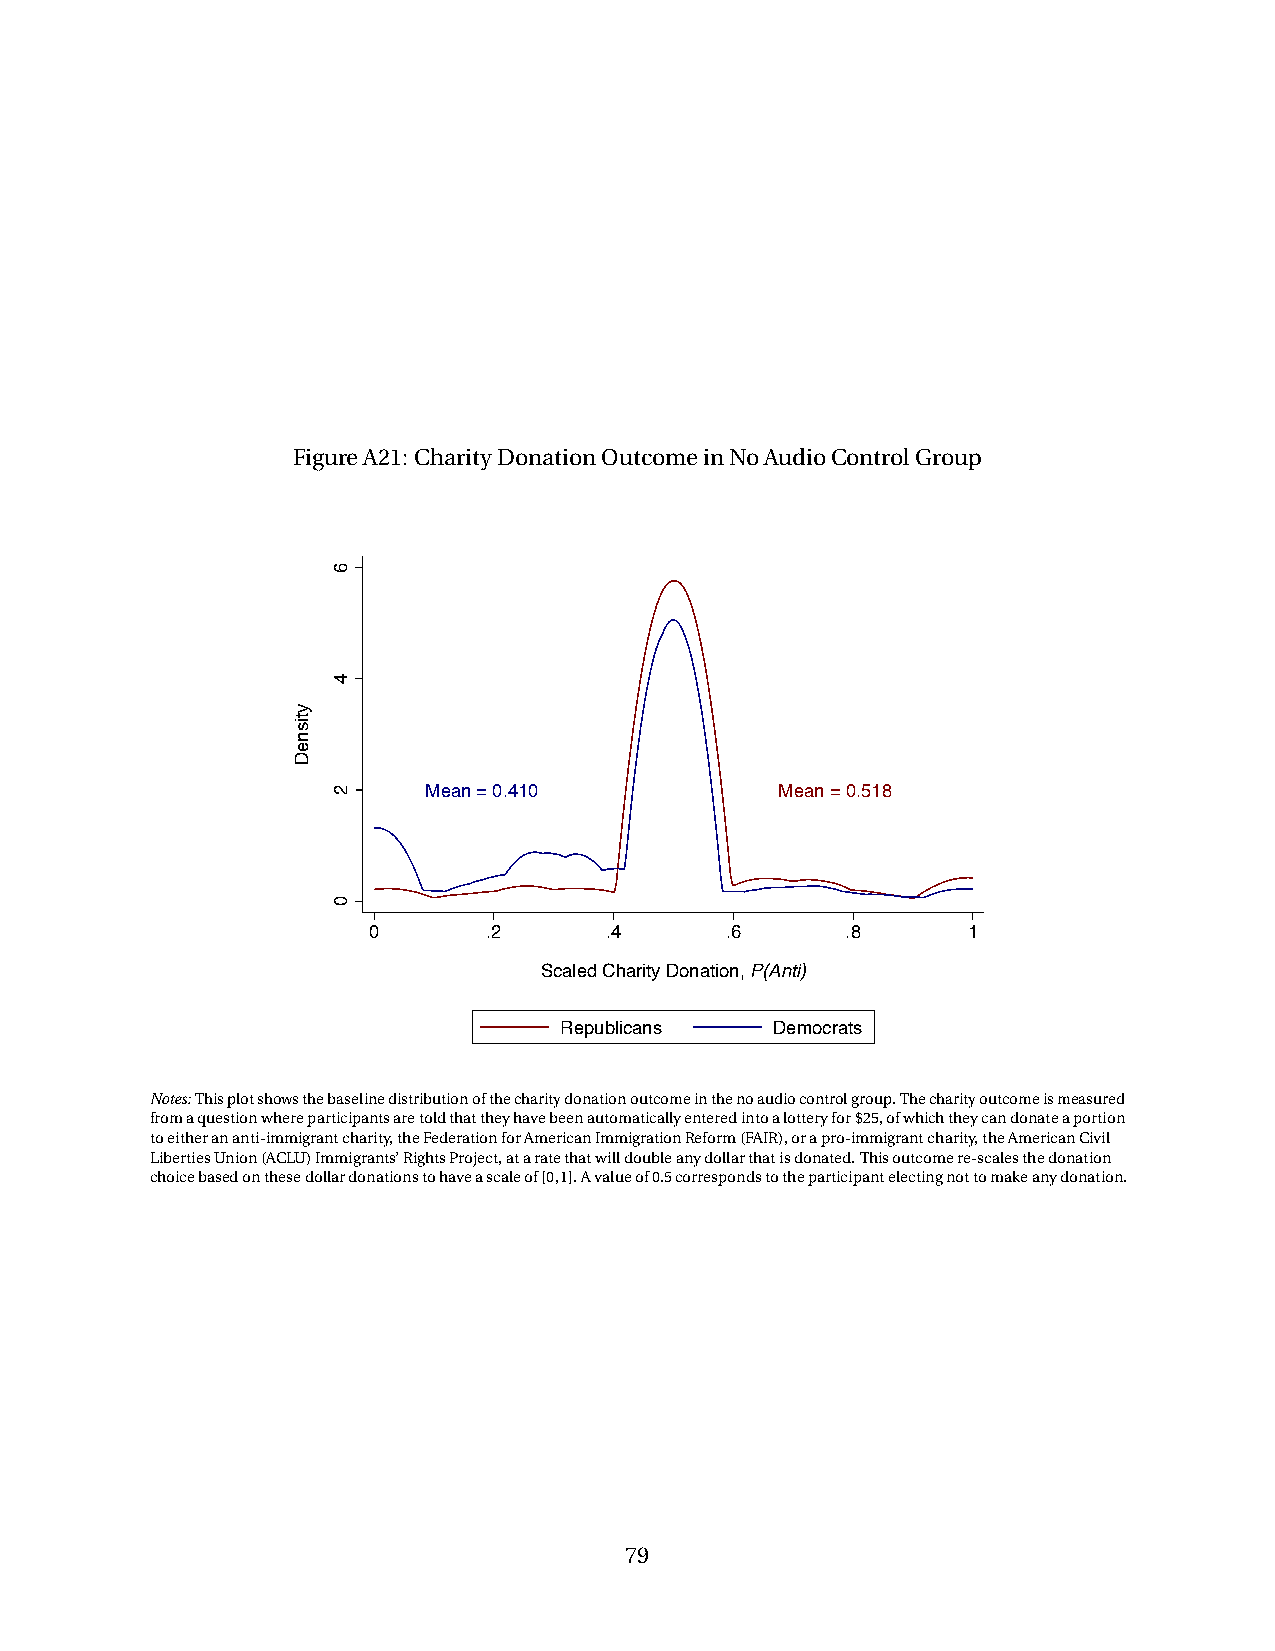
FigureA21: CharityDonationOutcomeinNoAudioControlGroup
 Mean = 0.410            Mean = 0.518
 0       .2      .4      .6      .8      1
 Scaled Charity Donation, P(Anti)
 Republicans   Democrats
 Notes:Thisplotshowsthebaselinedistributionofthecharitydonationoutcomeinthenoaudiocontrolgroup.Thecharityoutcomeismeasured
 fromaquestionwhereparticipantsaretoldthattheyhavebeenautomaticallyenteredintoalotteryfor$25,ofwhichtheycandonateaportion
 toeitherananti-immigrantcharity,theFederationforAmericanImmigrationReform(FAIR),orapro-immigrantcharity,theAmericanCivil
 LibertiesUnion(ACLU)Immigrants’RightsProject,ataratethatwilldoubleanydollarthatisdonated.Thisoutcomere-scalesthedonation
 choicebasedonthesedollardonationstohaveascaleof[0,1].Avalueof0.5correspondstotheparticipantelectingnottomakeanydonation.
 79
 ytisneD
 6
 4
 2
 0